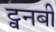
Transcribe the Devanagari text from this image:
ट्वनबी